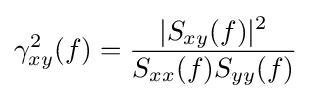
\gamma _{xy}^{2}(f)={\frac {|S_{xy}(f)|^{2}}{S_{xx}(f)S_{yy}(f)}}